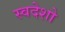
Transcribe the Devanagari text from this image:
स्वदेशो